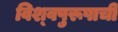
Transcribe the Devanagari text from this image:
विश्‍वपुरूषाची